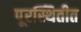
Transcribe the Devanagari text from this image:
पूरस्थितीत